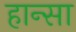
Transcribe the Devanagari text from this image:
हान्सा